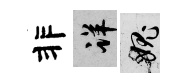
非详愧